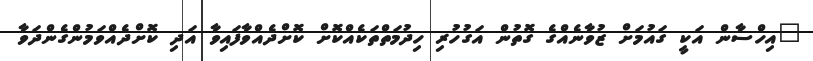
"އިހްްސާން އަކީ ގައުމަށް ޒުވާނެއްގެ ގޮތުން އަގުހުރި ހިދުމަތްތަކެއްކޮށް ކޮށްދެއްވާފައިވާ އަދި ކޮށްދެއްވަމުންގެންދަވާ